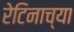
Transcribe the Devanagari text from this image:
रेटिनाच्या